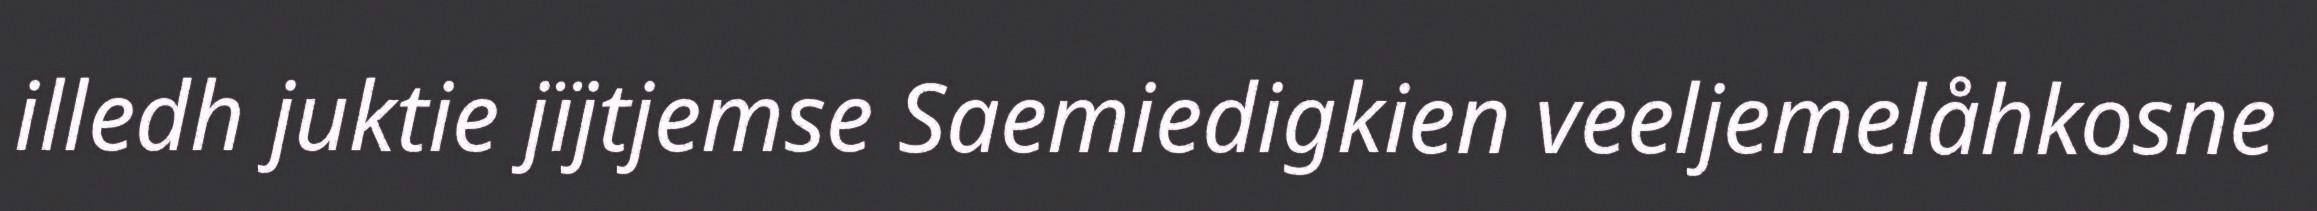
illedh juktie jïjtjemse Saemiedigkien veeljemelåhkosne